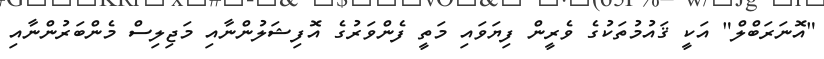
"އޮނަރަބްލް" އަކީ ޤައުމުތަކުގެ ވެރީން ފިޔަވައި މަތީ ފެންވަރުގެ އޮފިޝަލުންނާއި މަޖިލިސް މެންބަރުންނާއި